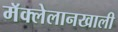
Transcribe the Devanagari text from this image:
मॅक्लेलानखाली